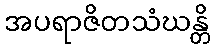
အပရာဇိတသံဃန္တိ